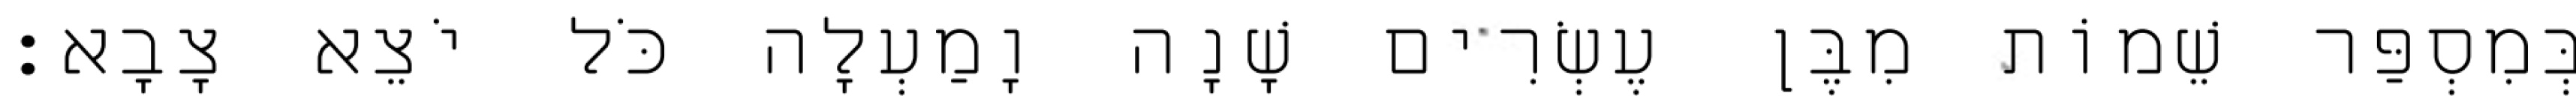
בְּמִסְפַּר שֵׁמוֹת מִבֶּן עֶשְׂרִים שָׁנָה וָמַעְלָה כֹּל יֹצֵא צָבָא׃